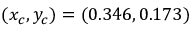
( x _ { c } , y _ { c } ) = ( 0 . 3 4 6 , 0 . 1 7 3 )